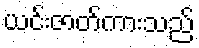
ယင်းဇာတ်ကားသည်